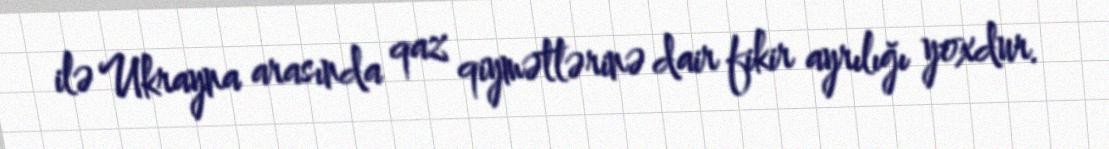
ilə Ukrayna arasında qaz qiymətlərinə dair fikir ayrılığı yoxdur.